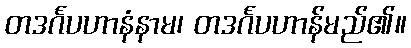
တဒင်္ဂပဟာနံနာမ၊ တဒင်္ဂပဟာန်မည်၏။